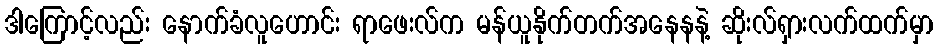
ဒါကြောင့်လည်း နောက်ခံလူဟောင်း ရာဖေးလ်က မန်ယူနိုက်တက်အနေနနဲ့ ဆိုးလ်ရှားလက်ထက်မှာ